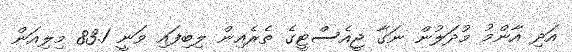
އަދި އާންމު މުދަލުން ނަގާ ޖީއެސްޓީގެ ތެރެއިން ލިބިފައި ވަނީ 83.1 މިލިއަން